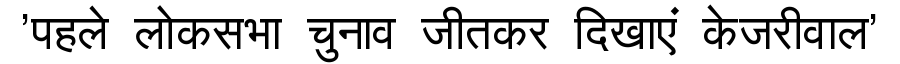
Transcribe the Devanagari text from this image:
'पहले लोकसभा चुनाव जीतकर दिखाएं केजरीवाल'